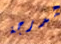
لدرجة